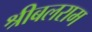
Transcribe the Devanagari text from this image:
श्रीबलराम